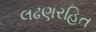
લઢણરહિત